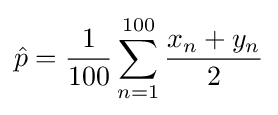
{\hat {p}}={\frac {1}{100}}\sum _{n=1}^{100}{\frac {x_{n}+y_{n}}{2}}